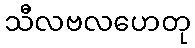
သီလဗလဟေတု